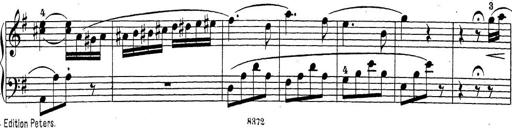
Title: Sonatina Album
Composer: Louis KÃ¶hler